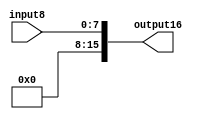
`timescale 1ns / 1ps

module Bit8_Bit16(
			input8,
			output16
    );


input [7:0] input8;
output [15:0] output16;

assign output16[15] = 0;
assign output16[14] = 0;
assign output16[13] = 0;
assign output16[12] = 0;
assign output16[11] = 0;
assign output16[10] = 0;
assign output16[9] = 0;
assign output16[8] = 0;
assign output16[7] = input8[7];
assign output16[6] = input8[6];
assign output16[5] = input8[5];
assign output16[4] = input8[4];
assign output16[3] = input8[3];
assign output16[2] = input8[2];
assign output16[1] = input8[1];
assign output16[0] = input8[0];

endmodule